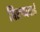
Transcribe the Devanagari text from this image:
तिरुप्पवाई